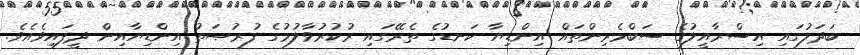
ބަދަލުގައި އިސްރާއީލުގެ ސަބްމެރިންތައް އިންޑިޔާ ކަނޑުގެ ތެރޭގައި ރުކުރުވާލުމުގެ ފުރުޞަތު އިންޑިޔާއިން ދީފައިވެއެވެ.